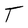
Character: T